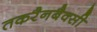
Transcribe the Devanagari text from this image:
तकरैनबैक्सी